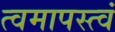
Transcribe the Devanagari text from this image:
त्वमापस्त्वं